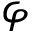
\varphi